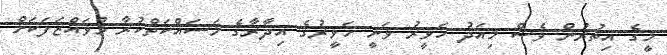
މީގެ އިތުރުން ވެސް މިއަދު ހަވީރު ވަނީ ހަވީރުގެ އިދާރާގެ މަސައްކަތްކުރާ މުވައްޒަފަކަށް